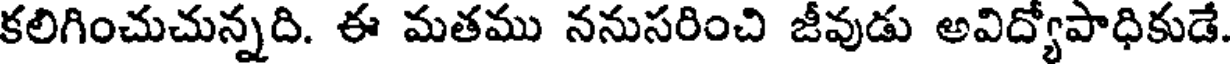
కలిగించుచున్నది. ఈ మతము ననుసరించి జీవుడు అవిద్యోపాధికుడే